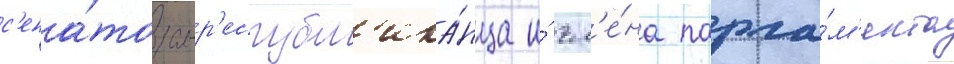
с'ена́тора-р'еспубл'ика́нца и́ чл'е́на парла́м'ента